Civil Veterinary Department Bihar & Orissa reports 1929-36 - 1929-1936
Year: 1929
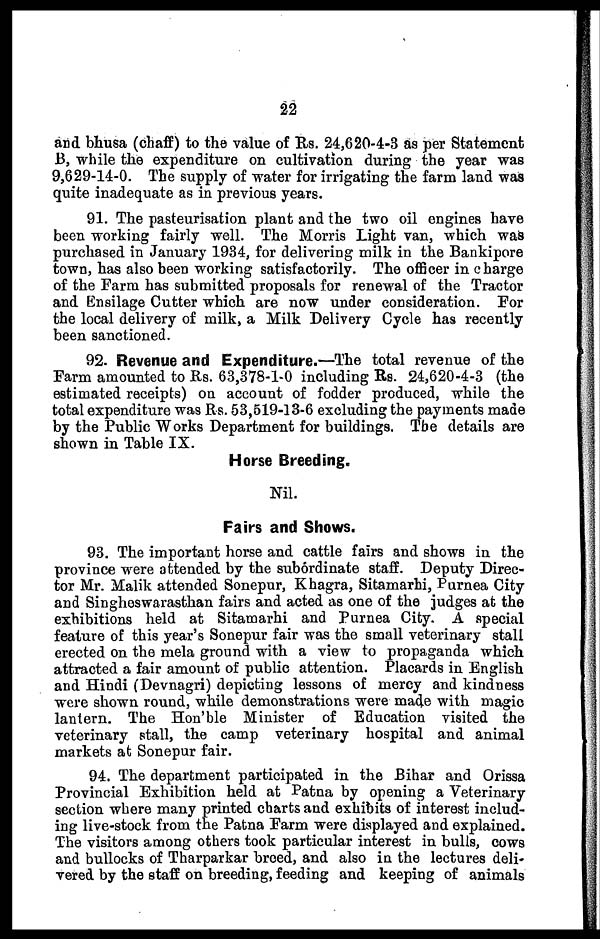
22
and bhusa (chaff) to the value of Us. 24,620-4-3 as per Statement
B, while the expenditure on cultivation during the year was
9,629-14-0. The supply of water for irrigating the farm land was
quite inadequate as in previous years.
91. The pasteurisation plant and the two oil engines have
been working fairly well. The Morris Light van, which was
purchased in January 1934, for delivering milk in the Bankipore
town, has also been working satisfactorily. The officer in charge
of the Farm has submitted proposals for renewal of the Tractor
and Ensilage Cutter which are now under consideration. For
the local delivery of milk, a Milk Delivery Cycle has recently
been sanctioned.
92. Revenue and Expenditure.—The total revenue of the
Farm amounted to Rs. 63,378-1-0 including Rs. 24,620-4-3 (the
estimated receipts) on account of fodder produced, while the
total expenditure was Rs. 53,519-13-6 excluding the payments made
by the Public Works Department for buildings. The details are
shown in Table IX.
Horse Breeding.
Nil.
Fairs and Shows.
93. The important horse and cattle fairs and shows in the
province were attended by the subordinate staff. Deputy Direc-
tor Mr. Malik attended Sonepur, Khagra, Sitamarhi, Purnea City
and Singhoswarasthan fairs and acted as one of the judges at the
exhibitions held at Sitamarhi and Purnea City. A special
feature of this year's Sonepur fair was the small veterinary stall
erected on the mela ground with a view to propaganda which
attracted a fair amount of public attention. Placards in English
and Hindi (Devnagri) depicting lessons of mercy and kindness
were shown round, while demonstrations were made with magic
lantern. The Hon'ble Minister of Education visited the
veterinary stall, the camp veterinary hospital and animal
markets at Sonepur fair.
94. The department participated in the Bihar and Orissa
Provincial Exhibition held at Patna by opening a Veterinary
section where many printed charts and exhibits of interest includ-
ing live-stock from the Patna Farm were displayed and explained.
The visitors among others took particular interest in bulls, cows
and bullocks of Tharparkar breed, and also in the lectures deli-
vered by the staff on breeding, feeding and keeping of animals